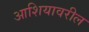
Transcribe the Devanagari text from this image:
आशियावरील